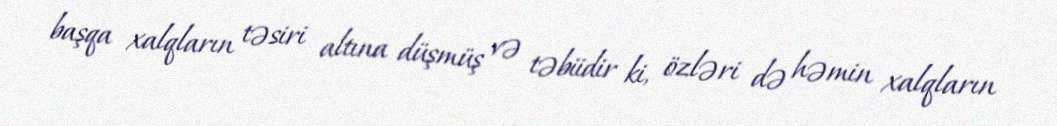
başqa xalqların təsiri altına düşmüş və təbiidir ki, özləri də həmin xalqların